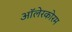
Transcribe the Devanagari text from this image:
ऑलेरकोरम